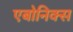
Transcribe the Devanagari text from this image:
एबोनिक्स